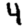
Digit: 4